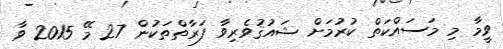
ވީމާ މި މަސައްކަތް ކުރުމަށް ޝައުޤުވެރިވާ ފަރާތްތަކުން 27 މޭ 2015 ވާ